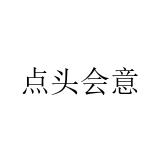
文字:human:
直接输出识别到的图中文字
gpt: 点头会意